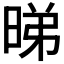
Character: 𬀹